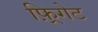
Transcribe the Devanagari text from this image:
फ़्रिगेट